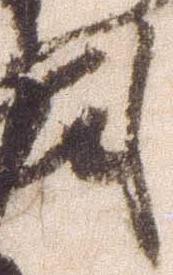
司